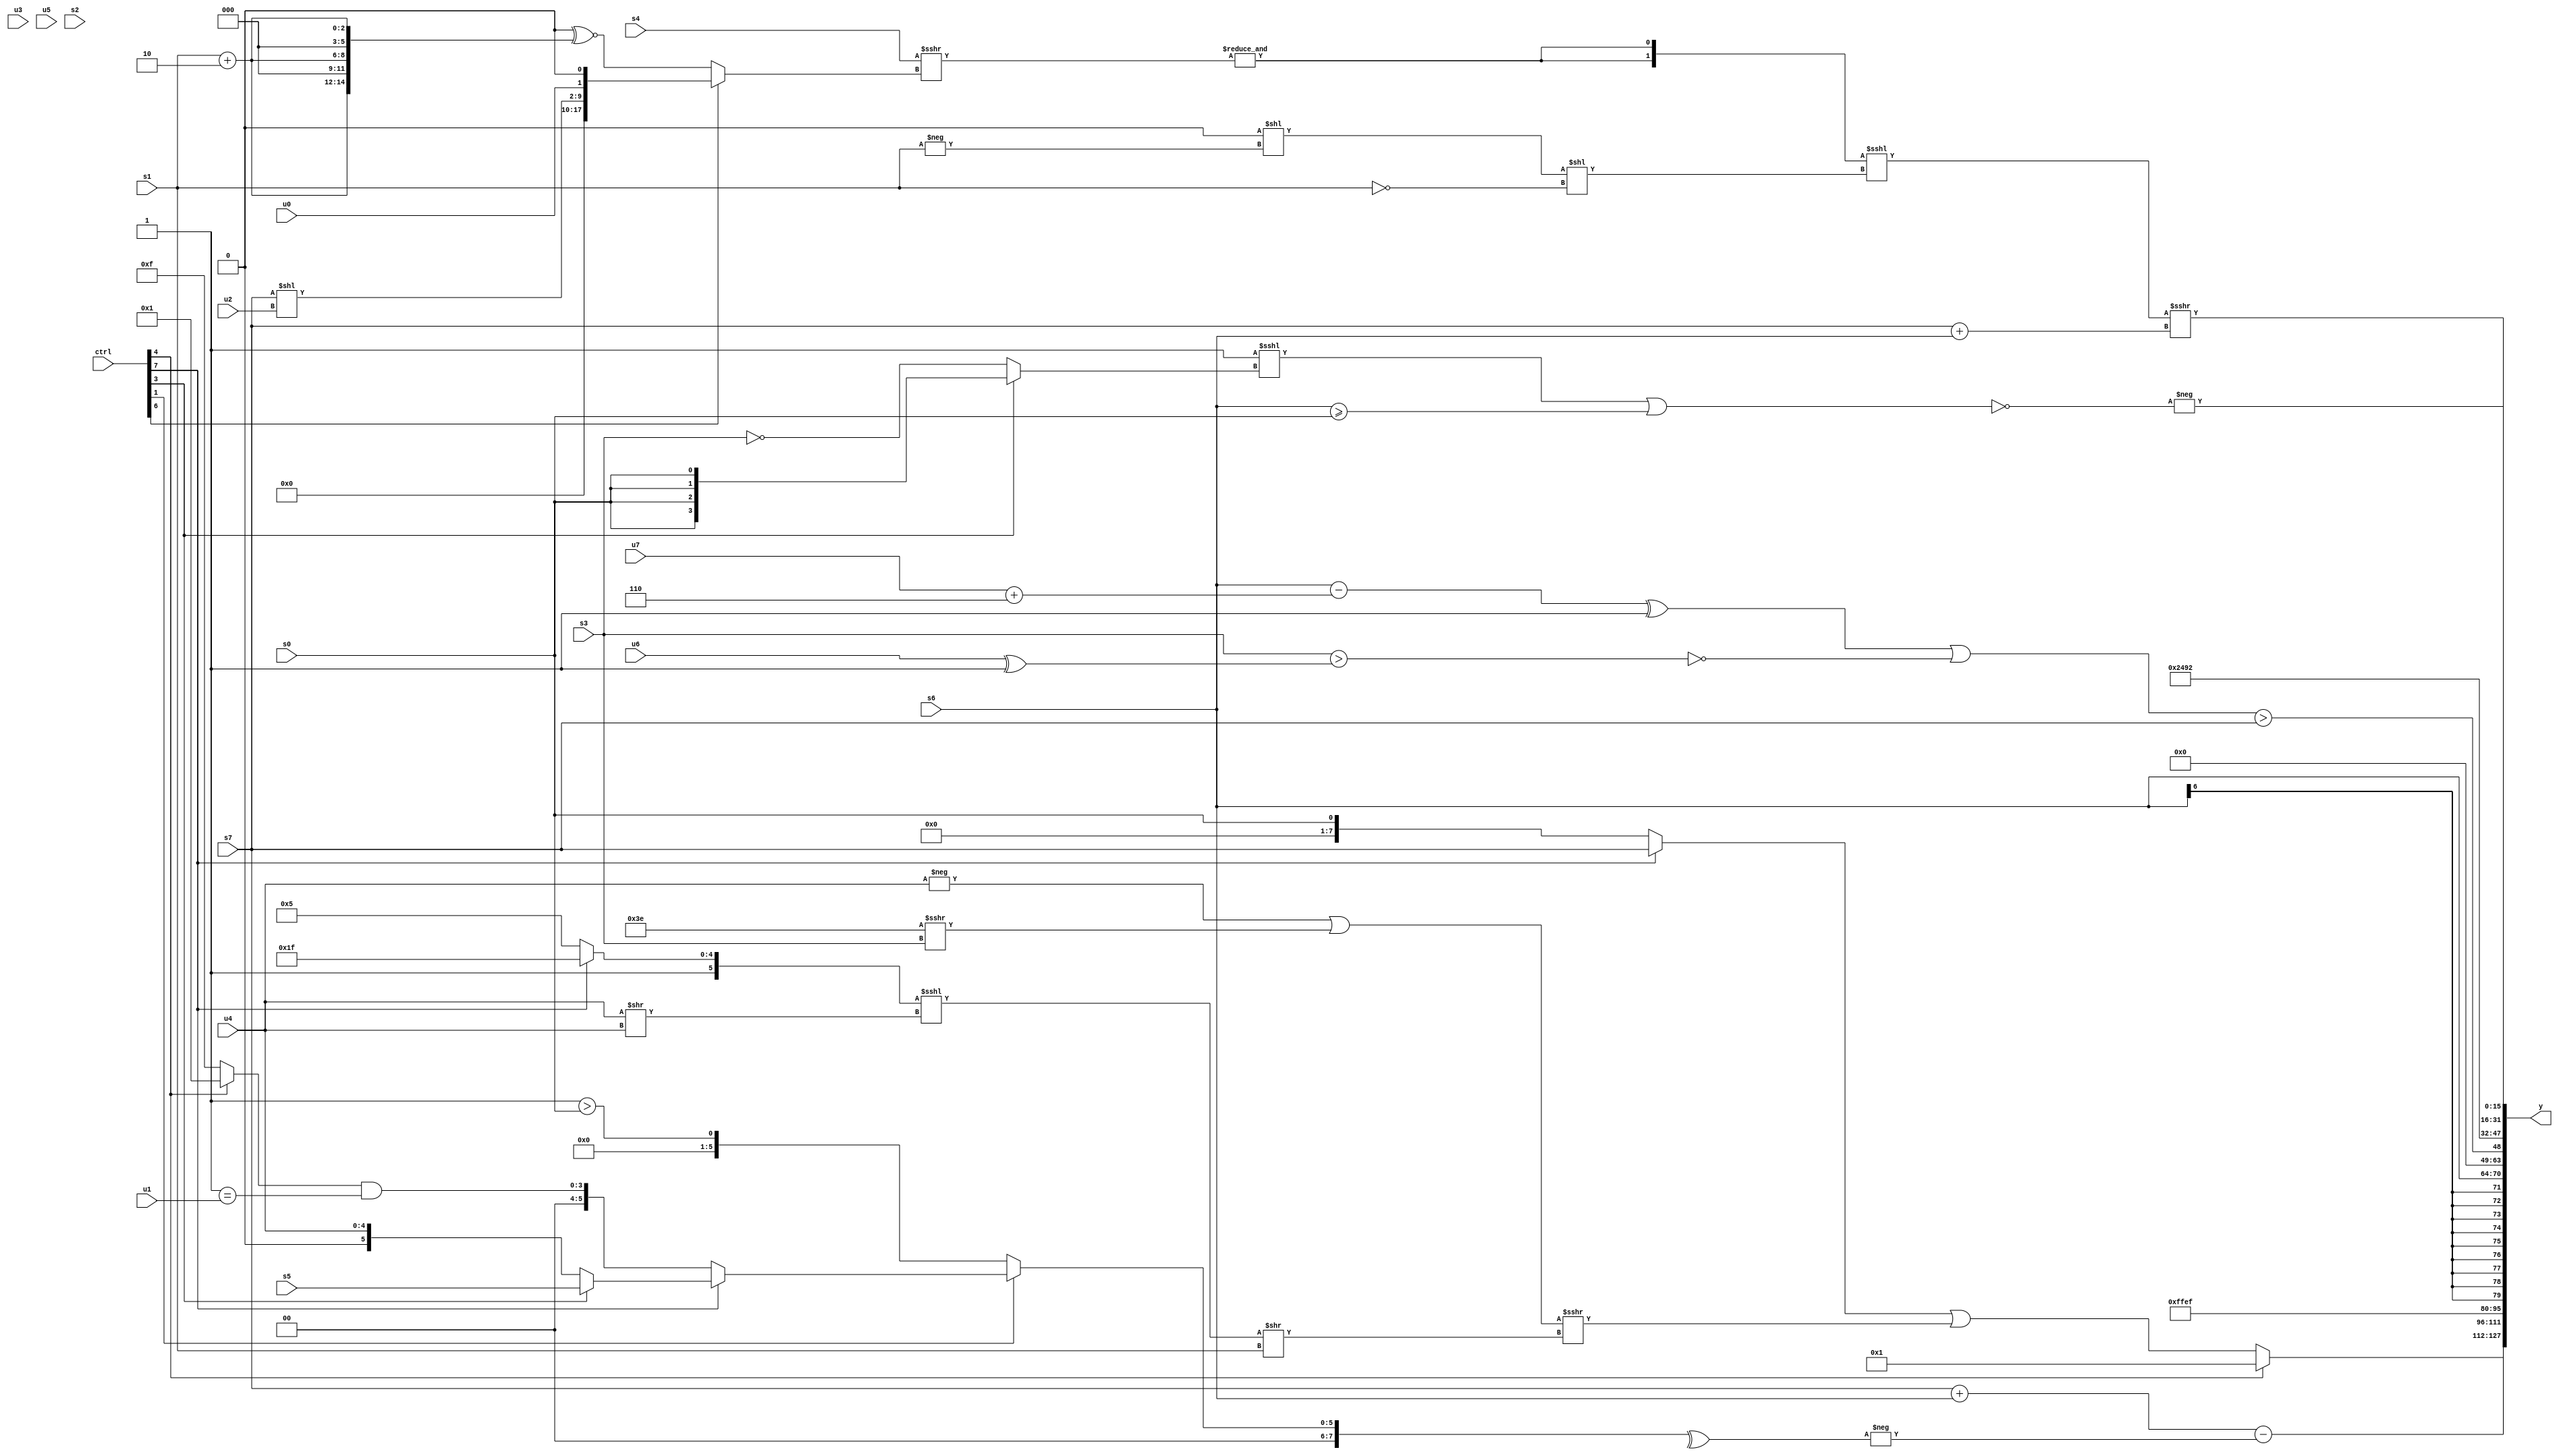
module wideexpr_00102(ctrl, u0, u1, u2, u3, u4, u5, u6, u7, s0, s1, s2, s3, s4, s5, s6, s7, y);
  input [7:0] ctrl;
  input [0:0] u0;
  input [1:0] u1;
  input [2:0] u2;
  input [3:0] u3;
  input [4:0] u4;
  input [5:0] u5;
  input [6:0] u6;
  input [7:0] u7;
  input signed [0:0] s0;
  input signed [1:0] s1;
  input signed [2:0] s2;
  input signed [3:0] s3;
  input signed [4:0] s4;
  input signed [5:0] s5;
  input signed [6:0] s6;
  input signed [7:0] s7;
  output [127:0] y;
  wire [15:0] y0;
  wire [15:0] y1;
  wire [15:0] y2;
  wire [15:0] y3;
  wire [15:0] y4;
  wire [15:0] y5;
  wire [15:0] y6;
  wire [15:0] y7;
  assign y = {y0,y1,y2,y3,y4,y5,y6,y7};
  assign y0 = (ctrl[4]?3'sb001:((ctrl[7]?s7:$signed(s0)))|(+(({1{(-(u4))|((6'sb111110)>>>(s3))}})>>>((((ctrl[7]?3'sb111:6'sb100101))<<<((u4)>>(u4)))>>($signed(s1))))));
  assign y1 = +(((s7)+(s6))-(-(^((ctrl[1]?(ctrl[7]?(ctrl[3]?(ctrl[7]?s5:u7):(ctrl[1]?u4:4'sb0010)):((ctrl[4]?4'sb0001:5'b01111))&((4'sb0001)==(u1))):(-(1'b1))>(s0))))));
  assign y2 = 6'sb101111;
  assign y3 = s6;
  assign y4 = (($signed(($signed(($unsigned(s6))-((u7)+(4'b0110))))^(1'sb1)))|($signed(((({1{s0}})>=(+(6'b100110)))>>>(2'sb11))^~(((s3)>((u6)^(3'b001)))<<<($unsigned((s0)>>(4'b1001)))))))>(s7);
  assign y5 = {2{{3{3'b010}}}};
  assign y6 = (({2{&((s4)>>>((ctrl[6]?{(-(3'b001))-(+(5'sb11111)),+((s7)<<(u2)),u0,1'sb0}:(2'b00)^~({3{(s1)+(6'b000010)}}))))}})<<<($signed((((1'sb0)^~(1'sb1))<<({-(s1)}))<<(~(s1)))))>>>((s7)+($signed(s6)));
  assign y7 = -($signed(~&(((!(+(3'sb000)))<<<((ctrl[3]?s0:~(s3))))|($unsigned($signed((s6)>=(s0)))))));
endmodule